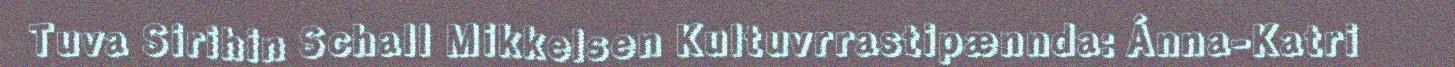
Tuva Sirihin Schall Mikkelsen Kultuvrrastipænnda: Ánna-Katri